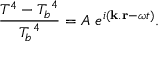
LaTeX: { \frac { T ^ { 4 } - { T _ { b } } ^ { 4 } } { { T _ { b } } ^ { 4 } } } = A ~ e ^ { i ( { \bf k . r } - \omega t ) } .